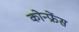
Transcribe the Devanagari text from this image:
कोन्फ्रेंस